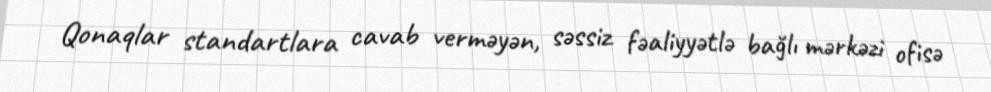
Qonaqlar standartlara cavab verməyən, səssiz fəaliyyətlə bağlı mərkəzi ofisə